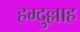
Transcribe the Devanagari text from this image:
हम्दुल्लाह